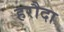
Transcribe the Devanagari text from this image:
हरौदा